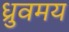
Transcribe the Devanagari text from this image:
ध्रुवमय